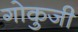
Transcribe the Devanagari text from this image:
गोकुजी